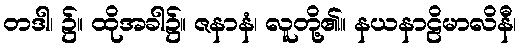
တဒါ၊ ၌။ ထိုအခါ၌။ ဇနာနံ၊ လူတို့၏။ နယနာဠိမာလိနီ၊